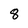
Character: 8